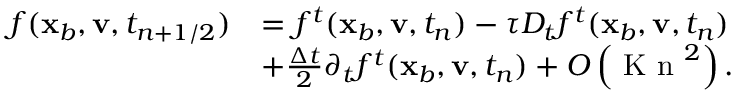
\begin{array} { r l } { f ( \mathbf x _ { b } , \mathbf v , t _ { n + 1 / 2 } ) } & { = f ^ { t } ( \mathbf x _ { b } , \mathbf v , t _ { n } ) - \tau D _ { t } f ^ { t } ( \mathbf x _ { b } , \mathbf v , t _ { n } ) } \\ & { + \frac { \Delta t } { 2 } \partial _ { t } f ^ { t } ( \mathbf x _ { b } , \mathbf v , t _ { n } ) + O \left( \textrm { K n } ^ { 2 } \right) . } \end{array}